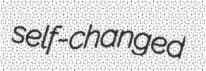
self-changed